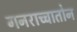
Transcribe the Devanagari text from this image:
गनराच्चातोन